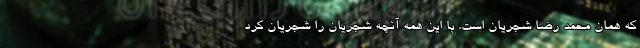
که همان محمد رضا شجریان است. با این همه آنچه شجریان را شجریان کرد